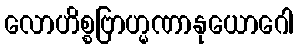
လောဟိစ္စဗြာဟ္မဏာနုယောဂေါ